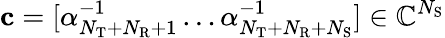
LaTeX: \mathbf{c}=[\alpha_{N_{\mathrm{T}}+N_{\mathrm{R}}+1}^{-1}\dots\alpha_{N_{\mathrm{T}}+N_{\mathrm{R}}+N_{\mathrm{S}}}^{-1}]\in\mathbb{C}^{N_{\mathrm{S}}}